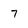
Character: 7